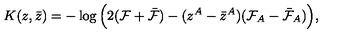
K ( z , \bar { z } ) = - \log \Big ( 2 ( { \cal F } + \bar { \cal F } ) - ( z ^ { A } - \bar { z } ^ { A } ) ( { \cal F } _ { A } - \bar { \cal F } _ { A } ) \Big ) ,